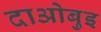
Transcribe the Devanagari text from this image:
दाओबुइ